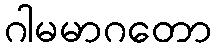
ဂါမမာဂတော